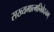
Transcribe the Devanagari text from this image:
सख्यमात्मनिवेदनम्